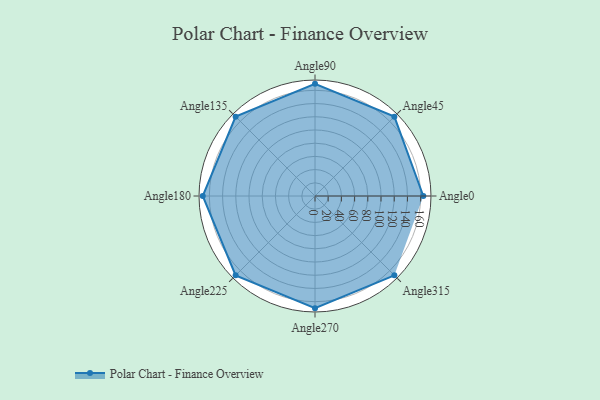
{"axis": {"x": "Angle", "y": "Radius"}, "legend": [""], "data": [{"x": "Angle0", "y": 164.0, "type": ""}, {"x": "Angle45", "y": 170.0, "type": ""}, {"x": "Angle90", "y": 170, "type": ""}, {"x": "Angle135", "y": 170, "type": ""}, {"x": "Angle180", "y": 170, "type": ""}, {"x": "Angle225", "y": 170, "type": ""}, {"x": "Angle270", "y": 170, "type": ""}, {"x": "Angle315", "y": 170, "type": ""}]}